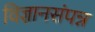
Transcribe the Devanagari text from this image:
विज्ञानसंपन्न